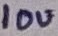
Text: 10u